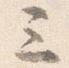
三